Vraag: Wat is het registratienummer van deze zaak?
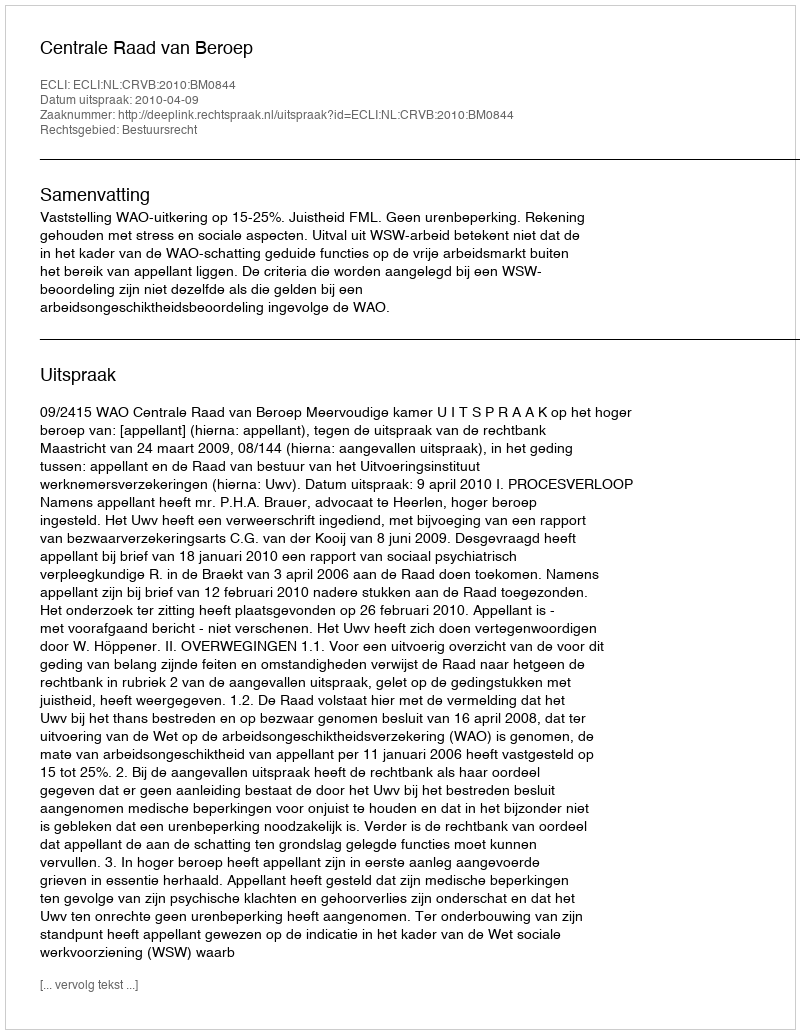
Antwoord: http://deeplink.rechtspraak.nl/uitspraak?id=ECLI:NL:CRVB:2010:BM0844